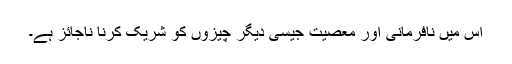
اس میں نافرمانی اور معصیت جیسی دیگر چیزوں کو شریک کرنا ناجائز ہے۔